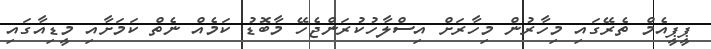
ޕީޕީއެމް ތެރޭގައި މިހާރުން މިހާރަށް އިސްލާހުކުރަންޖެހޭ މާބޮޑު ކަމެއް ނެތް ކަމަށާއި މީޑިއާގައި